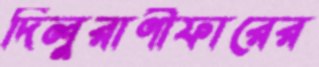
দিলুরাণীফারের